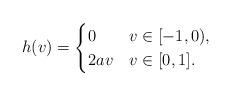
LaTeX: \begin{align*} h(v) = \begin{cases} 0 & v \in [-1,0), \\ 2av & v \in [0,1]. \end{cases} \end{align*}